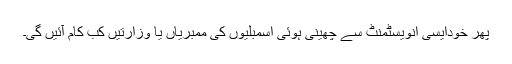
پھر خودایسی انویسٹمنٹ سے چھینی ہوئی اسمبلیوں کی ممبریاں یا وزارتیں کب کام آئیں گی۔